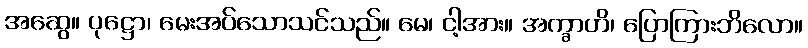
အဆွေ။ ပုဋ္ဌော၊ မေးအပ်သောသင်သည်။ မေ၊ ငါ့အား။ အက္ခာဟိ၊ ပြောကြားဘိလော။